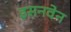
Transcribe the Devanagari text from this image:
इसनवेन